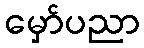
မှော်ပညာ